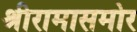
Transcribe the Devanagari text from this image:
श्रीरामासमोर